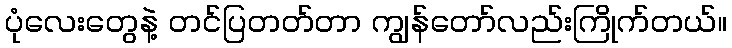
ပုံလေးတွေနဲ့ တင်ပြတတ်တာ ကျွန်တော်လည်းကြိုက်တယ်။